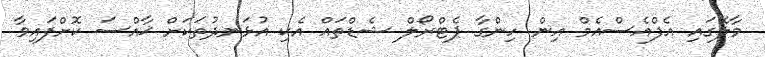
މާލޭގައި އެފްއެސްއެމް އިން ހިންގާ ޕެޓްރޯލް ޝެޑްތައް އެކި އުޅަނދުތަކަށް ޚާއްސަ ކޮށްފައިވާ